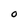
Character: O